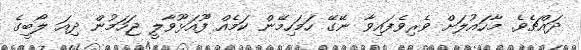
ދައްޗެވެ. މާހައުލަށް ވެރިވެފައިވާ ނޭގޭ ހަމަހިިމޭން ކަމެއް ފޫއަޅޫވާލީ ޖަހަމުން ދިއަ ލޯބީގެ